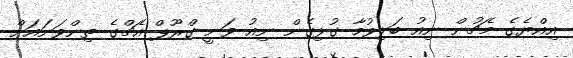
އިއްޔެގެ މެޗުން ނިއު ބަލިވުމާ ގުޅިގެން ނިއު ވަނީ ގްރޫޕް އެޗްގެ ތިންވަނައަށް